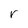
Character: f